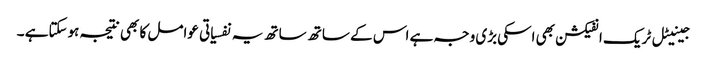
جینیٹل ٹریک انفیکشن بھی اسکی بڑی وجہ ہے اس کے ساتھ ساتھ یہ نفسیاتی عوامل کا بھی نتیجہ ہوسکتاہے ۔